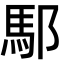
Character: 䣕